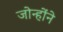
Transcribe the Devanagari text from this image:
जोन्होंने